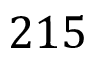
2 1 5